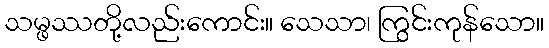
သမ္ဖဿတို့လည်းကောင်း။ သေသာ၊ ကြွင်းကုန်သော။